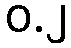
ဝ.၂